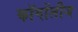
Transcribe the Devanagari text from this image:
कॉगोंलीज